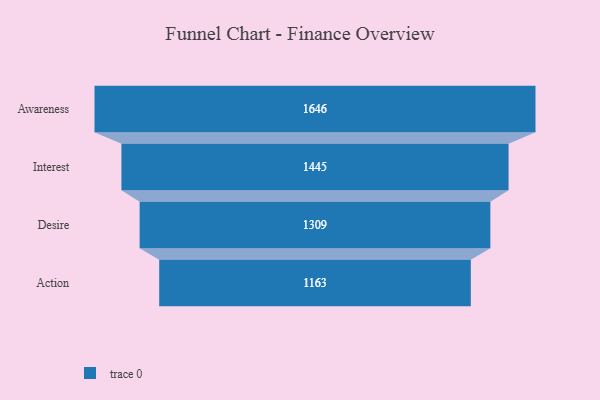
{"axis": {"x": "Stage", "y": "Value"}, "legend": [""], "data": [{"x": "Awareness", "y": 1646.0, "type": ""}, {"x": "Interest", "y": 1445.0, "type": ""}, {"x": "Desire", "y": 1309.0, "type": ""}, {"x": "Action", "y": 1163.0, "type": ""}]}